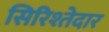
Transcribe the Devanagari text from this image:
सिरिश्तेदार